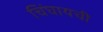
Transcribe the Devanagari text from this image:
चिंघायची